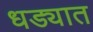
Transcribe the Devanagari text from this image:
धड्यात